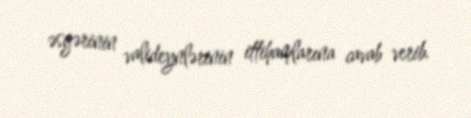
əsgərinin valideynlərinin ittihamlarına cavab verib.